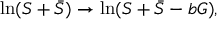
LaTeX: \ln ( S + \bar { S } ) \rightarrow \ln ( S + \bar { S } - b G ) ,